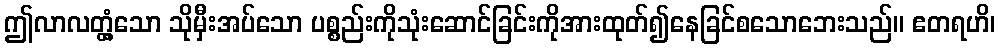
ဤလာလတ္တံ့သော သိုမှီးအပ်သော ပစ္စည်းကိုသုံးဆောင်ခြင်းကိုအားထုတ်၍နေခြင်စသောဘေးသည်။ ဧတရဟိ၊